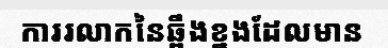
ការរលាកនៃឆ្អឹងខ្នងដែលមាន